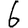
Digit: 6